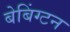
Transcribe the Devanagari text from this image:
बेबिंग्टन